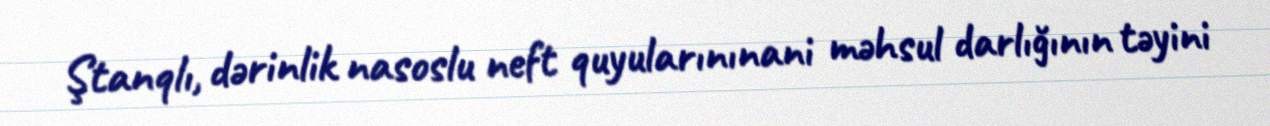
Ştanqlı, dərinlik nasoslu neft quyularınınani məhsul darlığının təyini